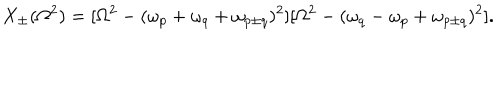
X _ { \pm } ( \Omega ^ { 2 } ) = [ \Omega ^ { 2 } - ( \omega _ { p } + \omega _ { q } + \omega _ { p \pm q } ) ^ { 2 } ] [ \Omega ^ { 2 } - ( \omega _ { q } - \omega _ { p } + \omega _ { p \pm q } ) ^ { 2 } ] .